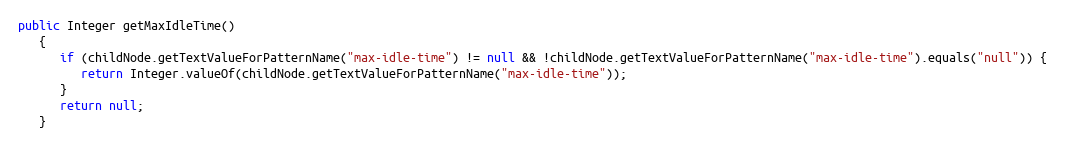
Language: Java
public Integer getMaxIdleTime()
   {
      if (childNode.getTextValueForPatternName("max-idle-time") != null && !childNode.getTextValueForPatternName("max-idle-time").equals("null")) {
         return Integer.valueOf(childNode.getTextValueForPatternName("max-idle-time"));
      }
      return null;
   }